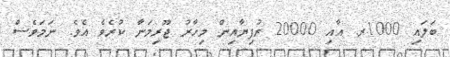
ބަލައި 1000ރ. އާއި 20000 ރުފިޔާއިން މިހާރު ޖޫރިމަނާ ކުރެވެ އެވެ. ނަމަވެސް